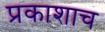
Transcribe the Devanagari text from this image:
प्रकाशाच